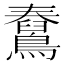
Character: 𪆊